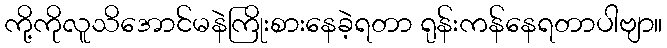
ကို့ကိုလူသိအောင်မနဲကြိုးစားနေခဲ့ရတာ ရုန်းကန်နေရတာပါဗျာ။